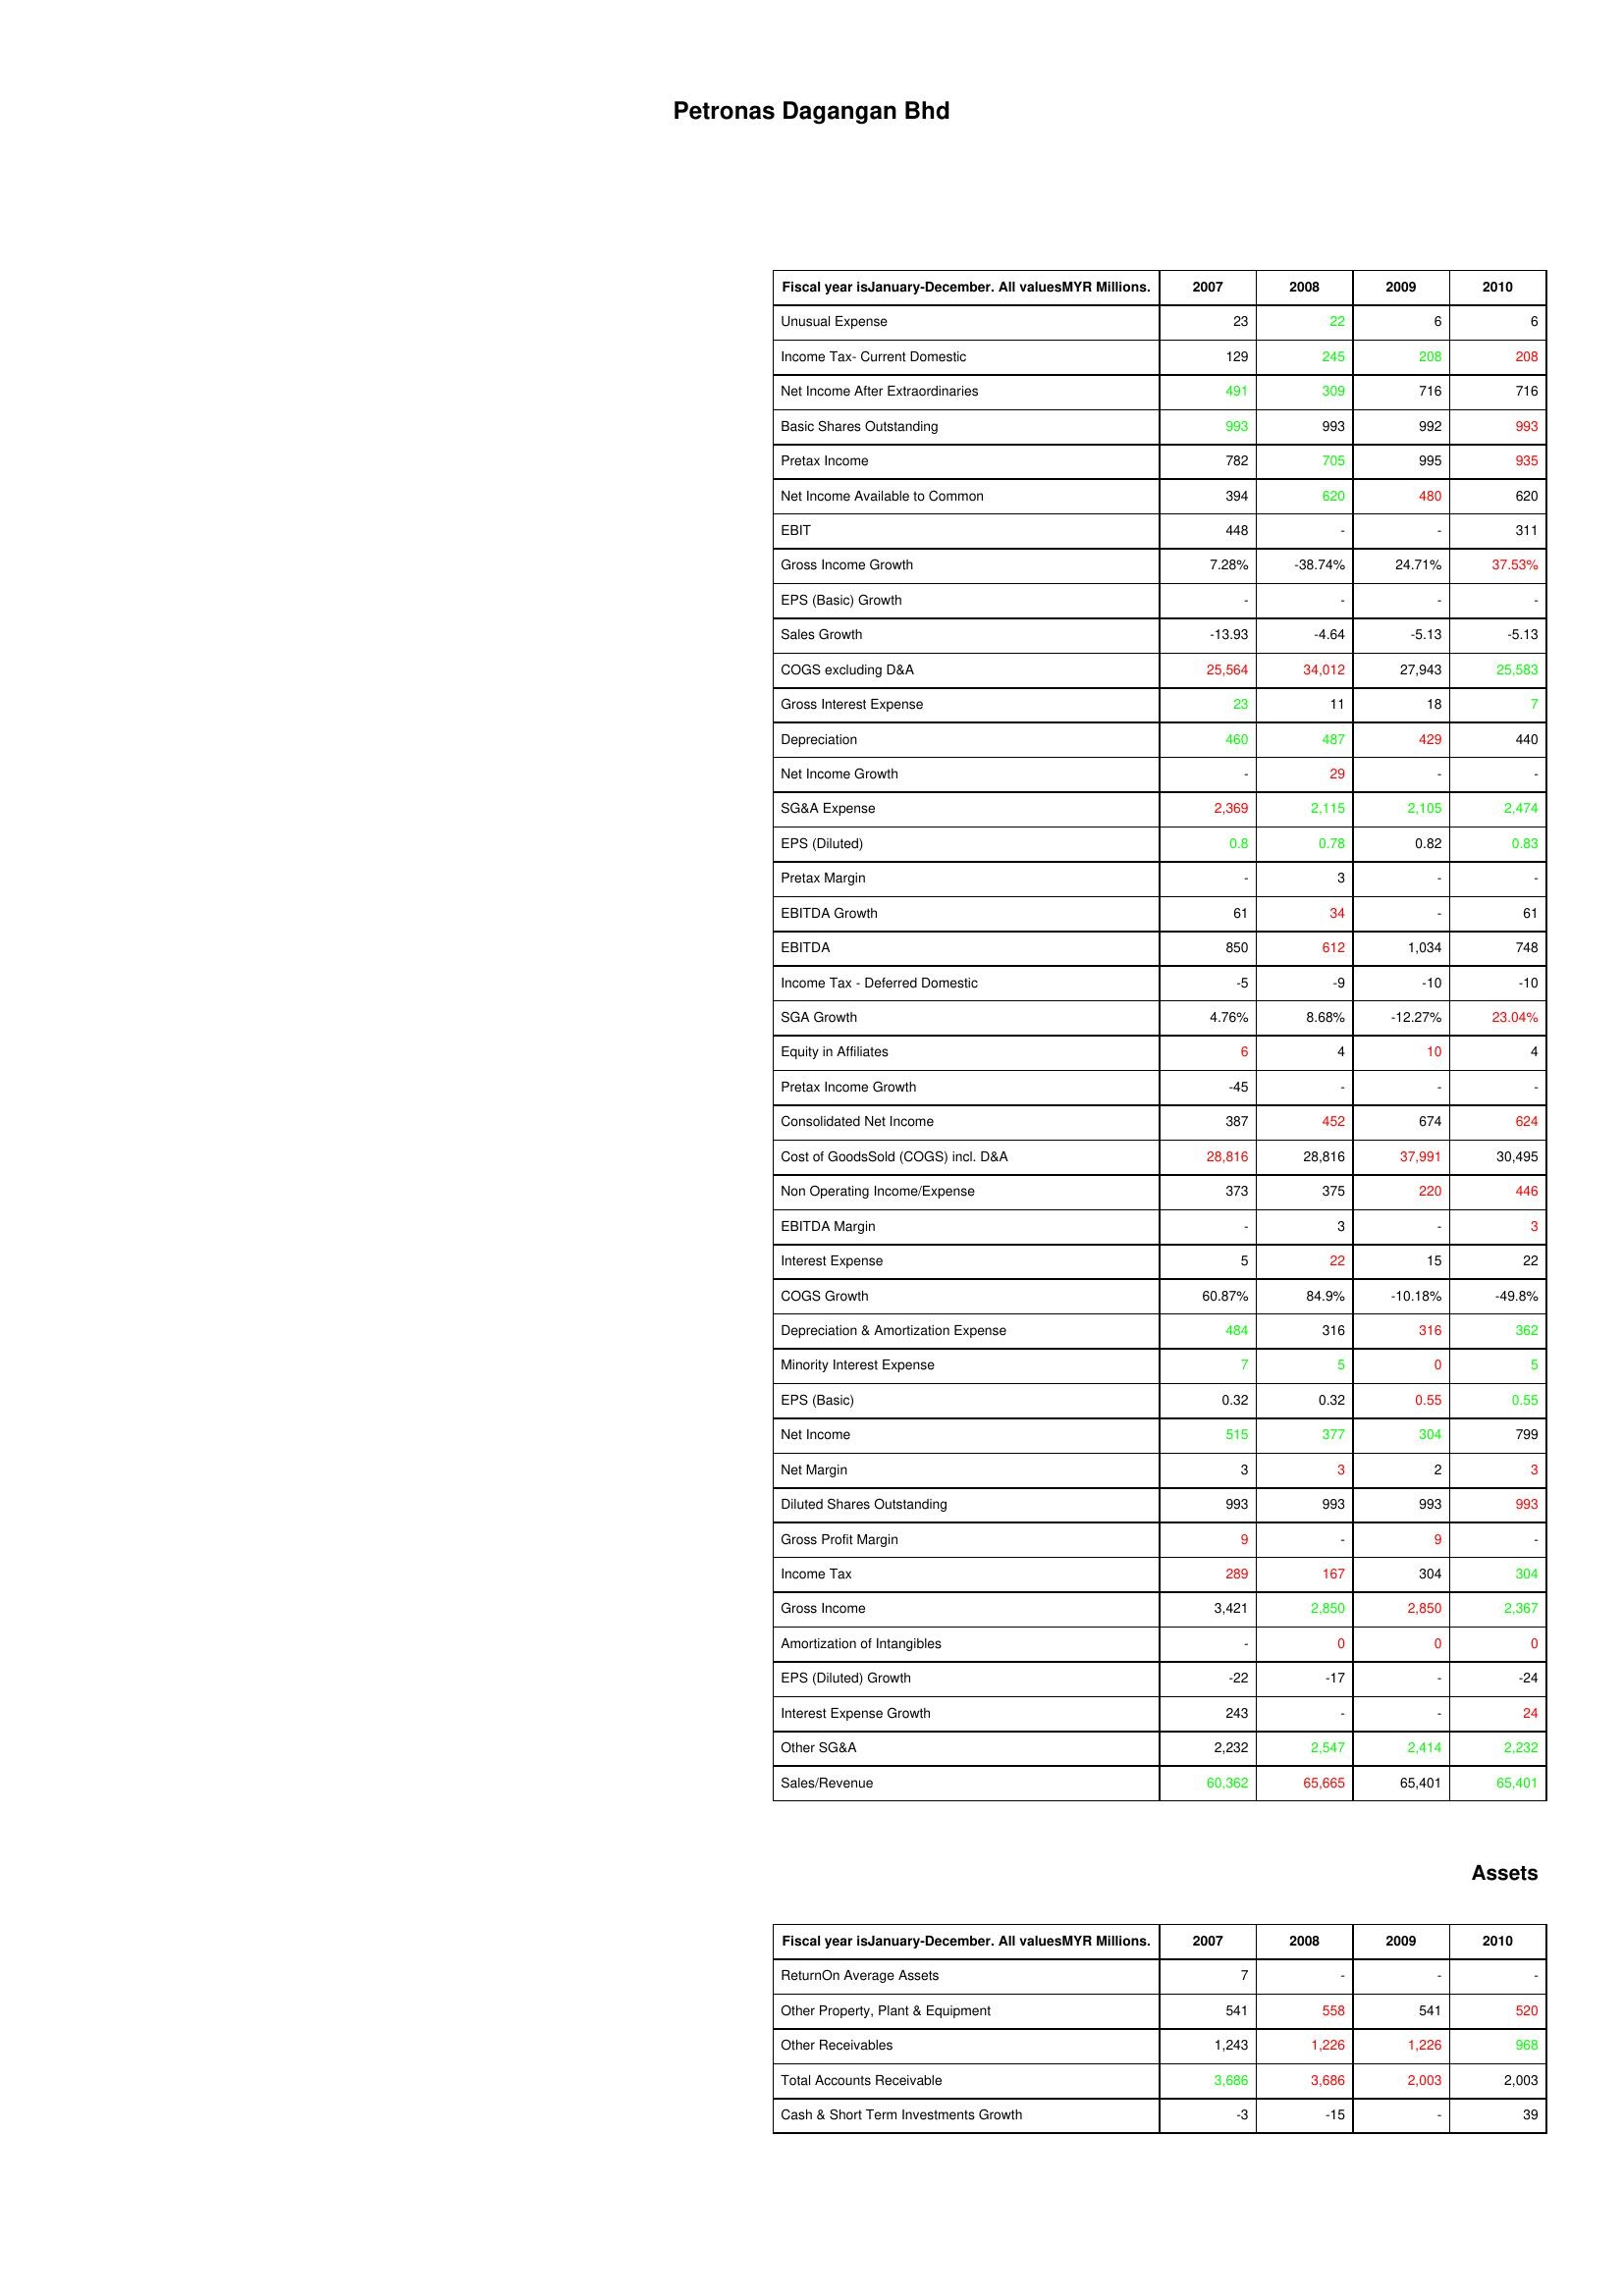
gt_parse: 2007: : Unusual Expense: 23
Income Tax- Current Domestic: 129
Net Income After Extraordinaries: 491
Basic Shares Outstanding: 993
Pretax Income: 782
Net Income Available to Common: 394
EBIT: 448
Gross Income Growth: 7.28%
EPS (Basic) Growth: -
Sales Growth: -13.93
COGS excluding D&A: 25,564
Gross Interest Expense: 23
Depreciation: 460
Net Income Growth: -
SG&A Expense: 2,369
EPS (Diluted): 0.8
Pretax Margin: -
EBITDA Growth: 61
EBITDA: 850
Income Tax - Deferred Domestic: -5
SGA Growth: 4.76%
Equity in Affiliates: 6
Pretax Income Growth: -45
Consolidated Net Income: 387
Cost of GoodsSold (COGS) incl. D&A: 28,816
Non Operating Income/Expense: 373
EBITDA Margin: -
Interest Expense: 5
COGS Growth: 60.87%
Depreciation & Amortization Expense: 484
Minority Interest Expense: 7
EPS (Basic): 0.32
Net Income: 515
Net Margin: 3
Diluted Shares Outstanding: 993
Gross Profit Margin: 9
Income Tax: 289
Gross Income: 3,421
Amortization of Intangibles: -
EPS (Diluted) Growth: -22
Interest Expense Growth: 243
Other SG&A: 2,232
Sales/Revenue: 60,362
Assets: ReturnOn Average Assets: 7
Other Property, Plant & Equipment: 541
Other Receivables: 1,243
Total Accounts Receivable: 3,686
Cash & Short Term Investments Growth: -3
2008: : Unusual Expense: 22
Income Tax- Current Domestic: 245
Net Income After Extraordinaries: 309
Basic Shares Outstanding: 993
Pretax Income: 705
Net Income Available to Common: 620
EBIT: -
Gross Income Growth: -38.74%
EPS (Basic) Growth: -
Sales Growth: -4.64
COGS excluding D&A: 34,012
Gross Interest Expense: 11
Depreciation: 487
Net Income Growth: 29
SG&A Expense: 2,115
EPS (Diluted): 0.78
Pretax Margin: 3
EBITDA Growth: 34
EBITDA: 612
Income Tax - Deferred Domestic: -9
SGA Growth: 8.68%
Equity in Affiliates: 4
Pretax Income Growth: -
Consolidated Net Income: 452
Cost of GoodsSold (COGS) incl. D&A: 28,816
Non Operating Income/Expense: 375
EBITDA Margin: 3
Interest Expense: 22
COGS Growth: 84.9%
Depreciation & Amortization Expense: 316
Minority Interest Expense: 5
EPS (Basic): 0.32
Net Income: 377
Net Margin: 3
Diluted Shares Outstanding: 993
Gross Profit Margin: -
Income Tax: 167
Gross Income: 2,850
Amortization of Intangibles: 0
EPS (Diluted) Growth: -17
Interest Expense Growth: -
Other SG&A: 2,547
Sales/Revenue: 65,665
Assets: ReturnOn Average Assets: -
Other Property, Plant & Equipment: 558
Other Receivables: 1,226
Total Accounts Receivable: 3,686
Cash & Short Term Investments Growth: -15
2009: : Unusual Expense: 6
Income Tax- Current Domestic: 208
Net Income After Extraordinaries: 716
Basic Shares Outstanding: 992
Pretax Income: 995
Net Income Available to Common: 480
EBIT: -
Gross Income Growth: 24.71%
EPS (Basic) Growth: -
Sales Growth: -5.13
COGS excluding D&A: 27,943
Gross Interest Expense: 18
Depreciation: 429
Net Income Growth: -
SG&A Expense: 2,105
EPS (Diluted): 0.82
Pretax Margin: -
EBITDA Growth: -
EBITDA: 1,034
Income Tax - Deferred Domestic: -10
SGA Growth: -12.27%
Equity in Affiliates: 10
Pretax Income Growth: -
Consolidated Net Income: 674
Cost of GoodsSold (COGS) incl. D&A: 37,991
Non Operating Income/Expense: 220
EBITDA Margin: -
Interest Expense: 15
COGS Growth: -10.18%
Depreciation & Amortization Expense: 316
Minority Interest Expense: 0
EPS (Basic): 0.55
Net Income: 304
Net Margin: 2
Diluted Shares Outstanding: 993
Gross Profit Margin: 9
Income Tax: 304
Gross Income: 2,850
Amortization of Intangibles: 0
EPS (Diluted) Growth: -
Interest Expense Growth: -
Other SG&A: 2,414
Sales/Revenue: 65,401
Assets: ReturnOn Average Assets: -
Other Property, Plant & Equipment: 541
Other Receivables: 1,226
Total Accounts Receivable: 2,003
Cash & Short Term Investments Growth: -
2010: : Unusual Expense: 6
Income Tax- Current Domestic: 208
Net Income After Extraordinaries: 716
Basic Shares Outstanding: 993
Pretax Income: 935
Net Income Available to Common: 620
EBIT: 311
Gross Income Growth: 37.53%
EPS (Basic) Growth: -
Sales Growth: -5.13
COGS excluding D&A: 25,583
Gross Interest Expense: 7
Depreciation: 440
Net Income Growth: -
SG&A Expense: 2,474
EPS (Diluted): 0.83
Pretax Margin: -
EBITDA Growth: 61
EBITDA: 748
Income Tax - Deferred Domestic: -10
SGA Growth: 23.04%
Equity in Affiliates: 4
Pretax Income Growth: -
Consolidated Net Income: 624
Cost of GoodsSold (COGS) incl. D&A: 30,495
Non Operating Income/Expense: 446
EBITDA Margin: 3
Interest Expense: 22
COGS Growth: -49.8%
Depreciation & Amortization Expense: 362
Minority Interest Expense: 5
EPS (Basic): 0.55
Net Income: 799
Net Margin: 3
Diluted Shares Outstanding: 993
Gross Profit Margin: -
Income Tax: 304
Gross Income: 2,367
Amortization of Intangibles: 0
EPS (Diluted) Growth: -24
Interest Expense Growth: 24
Other SG&A: 2,232
Sales/Revenue: 65,401
Assets: ReturnOn Average Assets: -
Other Property, Plant & Equipment: 520
Other Receivables: 968
Total Accounts Receivable: 2,003
Cash & Short Term Investments Growth: 39